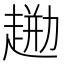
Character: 𧼦